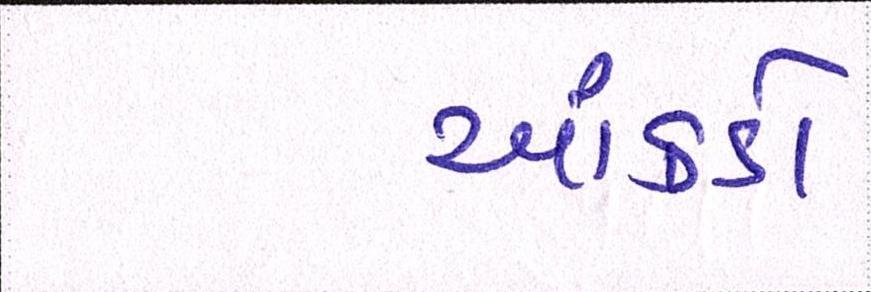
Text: આંકડો